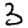
Digit: 3